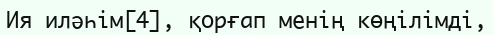
Ия иләһім[4], қорғап менің көңілімді,